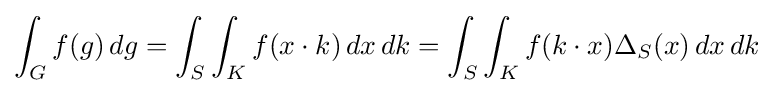
\int _{G}f(g)\,dg=\int _{S}\int _{K}f(x\cdot k)\,dx\,dk=\int _{S}\int _{K}f(k\cdot x)\Delta _{S}(x)\,dx\,dk